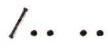
/.. ..